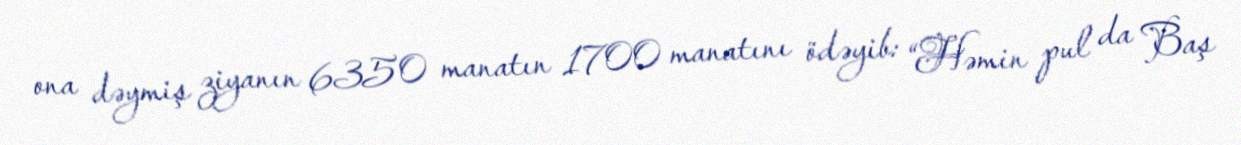
ona dəymiş ziyanın 6350 manatın 1700 manatını ödəyib: “Həmin pul da Baş